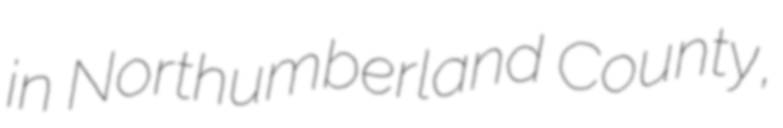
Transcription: in Northumberland County,